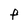
Character: F